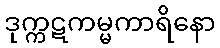
ဒုက္ကဋကမ္မကာရိနော